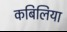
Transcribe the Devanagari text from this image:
कबिलिया